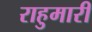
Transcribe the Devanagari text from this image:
राहुमारी